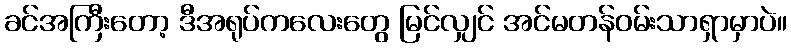
ခင်အကြီးတော့ ဒီအရုပ်ကလေးတွေ မြင်လျှင် အင်မတန်ဝမ်းသာရှာမှာပဲ။